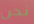
نحن